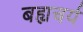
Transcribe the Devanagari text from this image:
बह्यचर्य